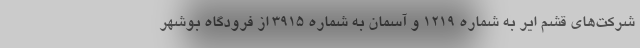
شرکت‌های قشم ایر به شماره ۱۲۱۹ و آسمان به شماره ۳۹۱۵ از فرودگاه بوشهر